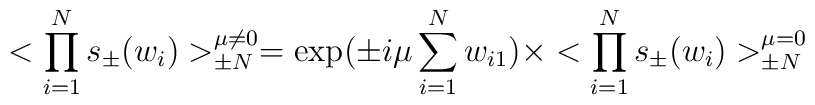
<\prod_{i=1}^{N} s_\pm(w_i)>_{\pm N}^{\mu \ne 0} =\exp(\pm i\mu \sum_{i = 1}^N w_{i 1}) \times<\prod_{i=1}^{N} s_\pm(w_i)>_{\pm N}^{\mu = 0}